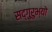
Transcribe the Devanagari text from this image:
सद्गुरुभ्यो